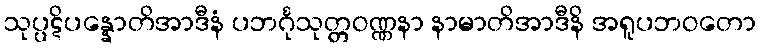
သုပ္ပဋိပန္နောတိအာဒီနံ ပဘင်္ဂုသုတ္တဝဏ္ဏနာ နာမာတိအာဒီနိ အရူပဘဝတော